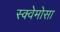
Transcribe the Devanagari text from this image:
स्क्वेमोसा